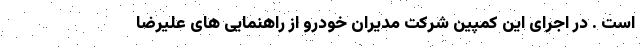
است . در اجرای این کمپین شرکت مدیران خودرو از راهنمایی های علیرضا